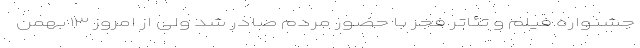
جشنواره‌ فیلم و تئاتر فجر با حضور مردم صادر شد ولی از امروز ۱۳ بهمن